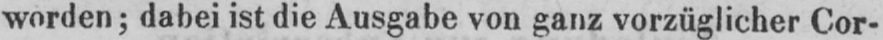
worden; dabei ist die Ausgabe von ganz vorzüglicher Cor-